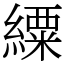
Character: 䌚